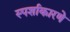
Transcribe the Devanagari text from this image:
स्पर्शाकारणे